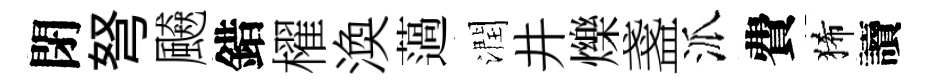
閉弩飇錯櫂渙薖潤井爍盞派費狶讀